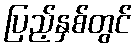
ပြည့်နှစ်တွင်